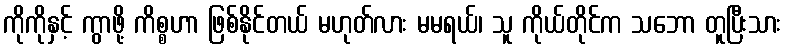
ကိုကိုနှင့် ကွာဖို့ ကိစ္စဟာ ဖြစ်နိုင်တယ် မဟုတ်လား မမရယ်၊ သူ ကိုယ်တိုင်က သဘော တူပြီးသား